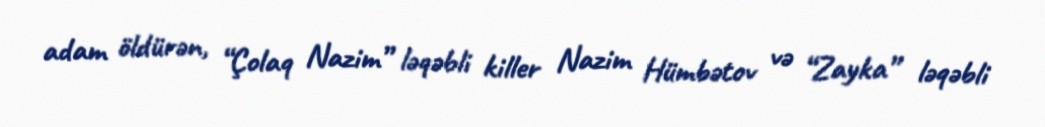
adam öldürən, “Çolaq Nazim” ləqəbli killer Nazim Hümbətov və “Zayka” ləqəbli